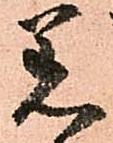
着